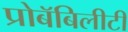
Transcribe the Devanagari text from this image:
प्रोबॅबिलीटी